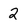
Character: 2